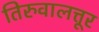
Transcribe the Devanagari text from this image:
तिरुवालत्तूर